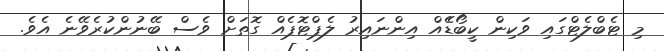
މި ޓެބްލެޓްގައި ވަކިން ކީބޯޑެެއް އިންނައިރު ލެޕްޓޮޕެއް ގޮތަށް ވެސް ބޭނުންކުރެވޭނެ އެވެ.